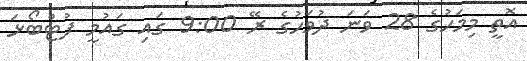
އޮތީ މިމަހުގެ 28 ވަނަ ދުވަހުގެ ރޭ 9:00 ގައި ގައުމީ ފުޓްބޯޅަ